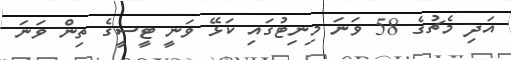
އަދި މެޗުގެ 58 ވަނަ މިނިޓުގައި ކަޅޭ ވަނީ ޓީސީގެ ތިން ވަނަ